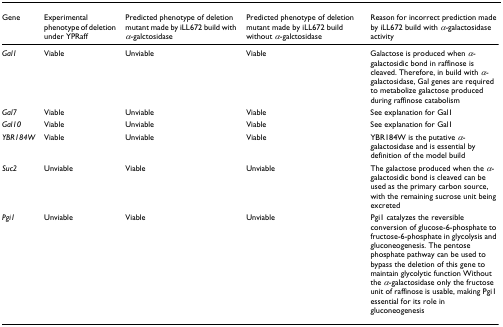
<table><thead><tr><td><b>Gene</b></td><td><b>Experimental phenotype of deletion under YPRaff</b></td><td><b>Predicted phenotype of deletion mutant made by iLL672 build with <i>α</i>-galctosidase</b></td><td><b>Predicted phenotype of deletion mutant made by iLL672 build without <i>α</i>-galctosidase</b></td><td><b>Reason for incorrect prediction made by iLL672 build with <i>α</i>-galactosidase activity</b></td></tr></thead><tbody><tr><td><i>Gal1</i></td><td>Viable</td><td>Unviable</td><td>Viable</td><td>Galactose is produced when <i>α</i>-galactosidic bond in raffinose is cleaved. Therefore, in build with <i>α</i>-galactosidase, Gal genes are required to metabolize galactose produced during raffinose catabolism</td></tr><tr><td><i>Gal7</i></td><td>Viable</td><td>Unviable</td><td>Viable</td><td>See explanation for Gal1</td></tr><tr><td><i>Gal10</i></td><td>Viable</td><td>Unviable</td><td>Viable</td><td>See explanation for Gal1</td></tr><tr><td><i>YBR184W</i></td><td>Viable</td><td>Unviable</td><td>Viable</td><td>YBR184W is the putative <i>α</i>-galactosidase and is essential by definition of the model build</td></tr><tr><td><i>Suc2</i></td><td>Unviable</td><td>Viable</td><td>Unviable</td><td>The galactose produced when the <i>α</i>-galactosidic bond is cleaved can be used as the primary carbon source, with the remaining sucrose unit being excreted</td></tr><tr><td><i>Pgi1</i></td><td>Unviable</td><td>Viable</td><td>Unviable</td><td>Pgi1 catalyzes the reversible conversion of glucose-6-phosphate to fructose-6-phosphate in glycolysis and gluconeogenesis. The pentose phosphate pathway can be used to bypass the deletion of this gene to maintain glycolytic function Without the <i>α</i>-galactosidase only the fructose unit of raffinose is usable, making Pgi1 essential for its role in gluconeogenesis</td></tr></tbody></table>